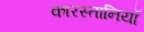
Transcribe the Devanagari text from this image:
कारस्तानियॉ